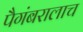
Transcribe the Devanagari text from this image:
पैगंबरालाच